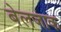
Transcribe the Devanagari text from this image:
बेलजाक